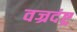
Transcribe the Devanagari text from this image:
वज्रदंष्ट्र